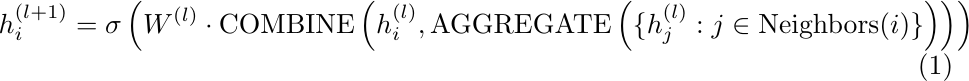
\begin{equation}
h^{(l+1)}_i = \sigma \left( W^{(l)} \cdot \text{COMBINE}\left(h^{(l)}_i, \text{AGGREGATE}\left( \{ h^{(l)}_j : j \in \text{Neighbors}(i) \} \right) \right) \right)
\end{equation}